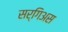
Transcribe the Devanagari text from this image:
सर्गिअस